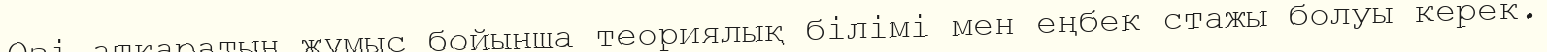
Өзі атқаратын жұмыс бойынша теориялық білімі мен еңбек стажы болуы керек.